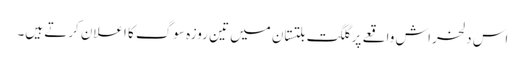
اس دلخراش واقعے پر گلگت بلتستان میں تین روزہ سوگ کا اعلان کرتے ہیں۔